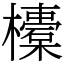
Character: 𣟄